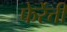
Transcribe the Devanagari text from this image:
फेर्रेत्ती